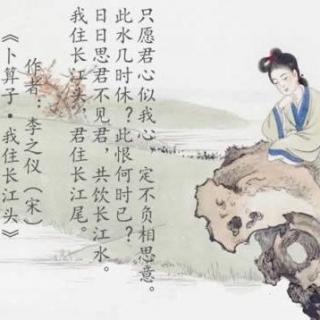
我住长江头，君住长江尾。